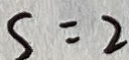
S = 2